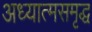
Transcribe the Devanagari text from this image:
अध्यात्मसमृद्ध